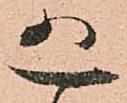
恐